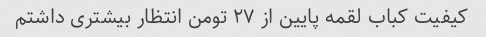
کیفیت کباب لقمه پایین از ۲۷ تومن انتظار بیشتری داشتم